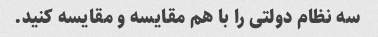
سه نظام دولتی را با هم مقایسه و مقایسه کنید.